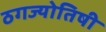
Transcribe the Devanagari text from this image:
ठगज्योतिषी